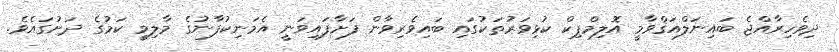
ދިވެހިރާއްޖެ ބައިނަލްއަޤްވާމީ އޮލިމްޕިކް ކުޅިވަރުތަކުގައި ބައިވެރިވާން ފަށާފައިވަނީ އެމަނިކުފާނުގެ މާލިމީ ކަމުގެ ދަށުގައެވެ.